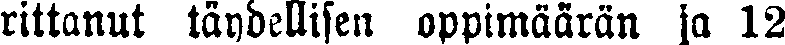
rittanut täydellisen oppimäärän ja 12